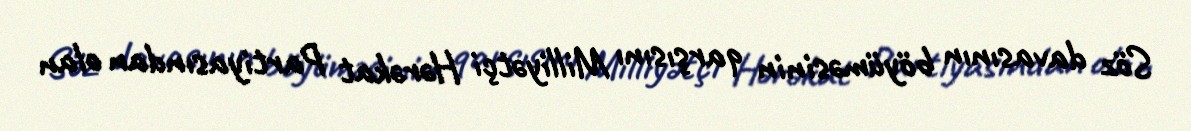
Söz davasının böyüməsinin qarşısını Milliyətçi Hərəkat Partiyasından olan